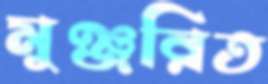
মুঞ্জরিত